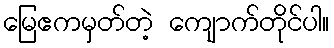
မြေဧကမှတ်တဲ့ ကျောက်တိုင်ပါ။